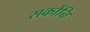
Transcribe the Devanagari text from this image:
सर्कोनि